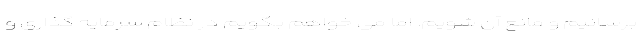
برسانیم و مانع آن شویم. اما می خواهم بگویم در نظام سرمایه گذاری و